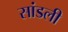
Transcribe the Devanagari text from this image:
सांडली